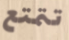
تتمتع